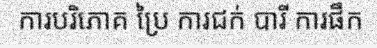
ការបរិភោគ ប្រៃ ការជក់ បារី ការផឹក